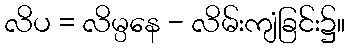
လိပ = လိမ္ပနေ - လိမ်းကျံခြင်း၌။